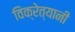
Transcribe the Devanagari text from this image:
विक्रेत्यानी